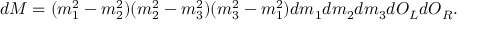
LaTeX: d M = ( m _ { 1 } ^ { 2 } - m _ { 2 } ^ { 2 } ) ( m _ { 2 } ^ { 2 } - m _ { 3 } ^ { 2 } ) ( m _ { 3 } ^ { 2 } - m _ { 1 } ^ { 2 } ) d m _ { 1 } d m _ { 2 } d m _ { 3 } d O _ { L } d O _ { R } .